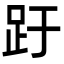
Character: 趶